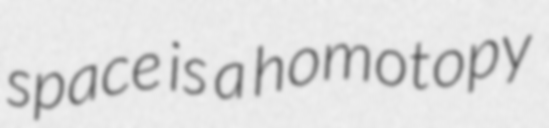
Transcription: space is a homotopy